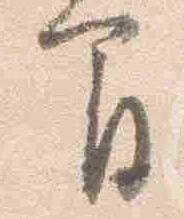
間